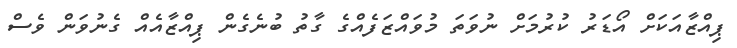
ޕިއްޒާއަކަށް އޯޑަރު ކުރުމަށް ނުވަތަ މުވައްޒަފެއްގެ ގާތު ބުނެގެން ޕިއްޒާއެއް ގެނުވަން ވެސް